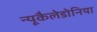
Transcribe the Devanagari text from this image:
न्यूकैलेडोनिया